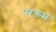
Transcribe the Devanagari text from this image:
परक्रम